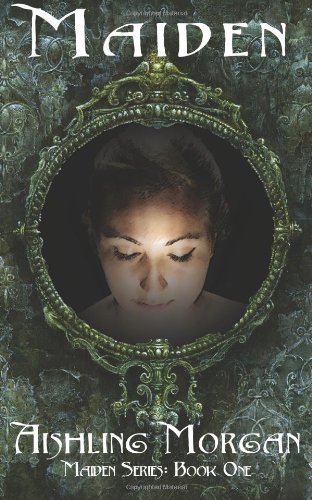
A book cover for Maiden: Book One of the Maiden Series (Volume 1); Aishling Morgan; Romance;